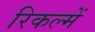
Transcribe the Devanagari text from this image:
रिकल्‍में